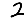
Digit: 2